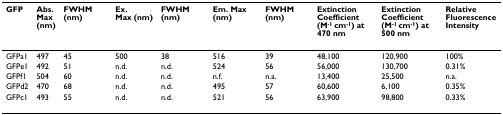
<table><thead><tr><td><b>GFP</b></td><td><b>Abs.Max(nm)</b></td><td><b>FWHM (nm)</b></td><td><b>Ex.Max (nm)</b></td><td><b>FWHM (nm)</b></td><td><b>Em. Max (nm)</b></td><td><b>FWHM (nm)</b></td><td><b>Extinction Coefficient (M<sup>-1 </sup>cm<sup>-1</sup>) at 470 nm</b></td><td><b>Extinction Coefficient (M<sup>-1 </sup>cm<sup>-1</sup>) at 500 nm</b></td><td><b>Relative Fluorescence Intensity</b></td></tr></thead><tbody><tr><td>GFPa1</td><td>497</td><td>45</td><td>500</td><td>38</td><td>516</td><td>39</td><td>48,100</td><td>120,900</td><td>100%</td></tr><tr><td>GFPe1</td><td>492</td><td>51</td><td>n.d.</td><td>n.d.</td><td>524</td><td>56</td><td>56,000</td><td>130,700</td><td>0.31%</td></tr><tr><td>GFPf1</td><td>504</td><td>60</td><td>n.d.</td><td>n.d.</td><td>n.f.</td><td>n.a.</td><td>13,400</td><td>25,500</td><td>n.a.</td></tr><tr><td>GFPd2</td><td>470</td><td>68</td><td>n.d.</td><td>n.d.</td><td>495</td><td>57</td><td>60,600</td><td>6,100</td><td>0.35%</td></tr><tr><td>GFPc1</td><td>493</td><td>55</td><td>n.d.</td><td>n.d.</td><td>521</td><td>56</td><td>63,900</td><td>98,800</td><td>0.33%</td></tr></tbody></table>